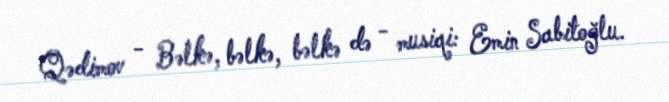
Qədimov - Bəlkə, bəlkə, bəlkə də - musiqi: Emin Sabitoğlu.